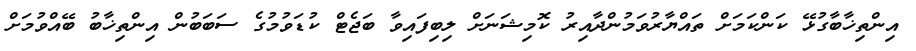
އިންތިޚާބާގުޅޭ ކަންކަމަށް ތައްޔާރުވަމުންދާއިރު ކޮމިޝަނަށް ލިބިފައިވާ ބަޖެޓް ކުޑަވުމުގެ ސަބަބުން އިންތިޚާބު ބޭއްވުމަށް